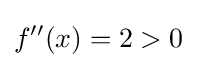
f''(x)=2>0